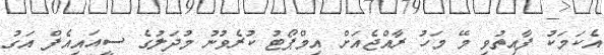
އެކަމަކު ފާއިތުވި މޭ މަހު ރާއްޖެއަށް އިމްޕޯޓު ކުރެވުނު މުދަލުގެ ސީއައިއެފް އަގު